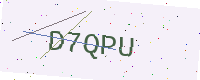
Text: D7QPU